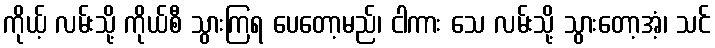
ကိုယ့် လမ်းသို့ ကိုယ်စီ သွားကြရ ပေတော့မည်၊ ငါကား သေ လမ်းသို့ သွားတော့အံ့၊ သင်